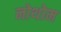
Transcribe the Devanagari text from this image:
नोथोम